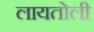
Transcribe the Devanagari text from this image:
लायतोली